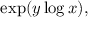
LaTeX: \exp ( y \log x ) ,